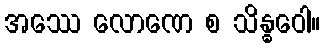
အဿေ လောဏေ စ သိန္ဓဝေါ။